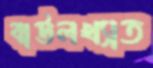
বাউলখ্যাত